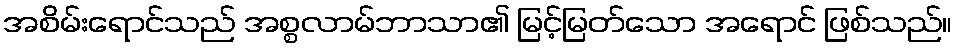
အစိမ်းရောင်သည် အစ္စလာမ်ဘာသာ၏ မြင့်မြတ်သော အရောင် ဖြစ်သည်။